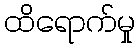
ထိရောက်မှု